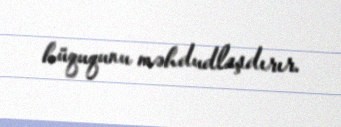
hüququnu məhdudlaşdırır.